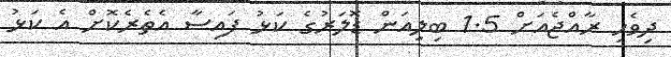
ދިވެހި ރާއްޖެއަށް 1.5 ބިލިއަން ޑޮލަރުގެ ކަޅު ފައިސާ އެތެރެކޮށް އެ ކަޅު